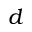
d